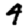
Digit: 4